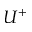
U ^ { + }